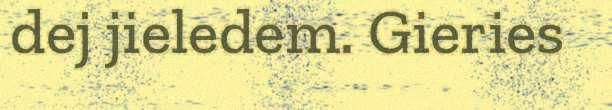
dej jieledem. Gieries